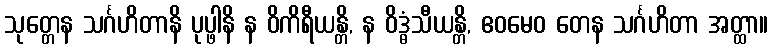
သုတ္တေန သင်္ဂဟိတာနိ ပုပ္ဖါနိ န ဝိကိရီယန္တိ, န ဝိဒ္ဓံသီယန္တိ, ဧဝမေဝ တေန သင်္ဂဟိတာ အတ္ထာ။